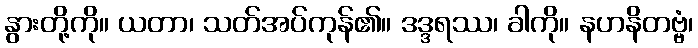
နွားတို့ကို။ ယတာ၊ သတ်အပ်ကုန်၏။ ဒဒ္ဒရဿ၊ ခါကို။ နဟနိတဗ္ဗံ၊